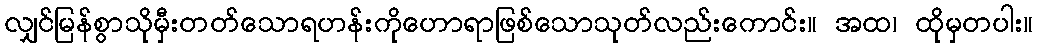
လျှင်မြန်စွာသိုမှီးတတ်သောရဟန်းကိုဟောရာဖြစ်သောသုတ်လည်းကောင်း။ အထ၊ ထိုမှတပါး။